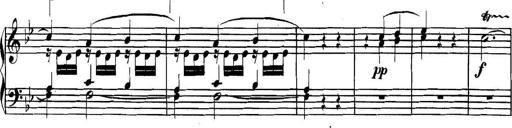
Title: Collected Piano Sonatas
Composer: Muzio Clementi